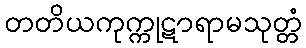
တတိယကုက္ကုဋာရာမသုတ္တံ